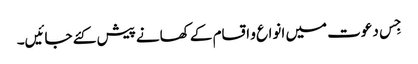
جِس دعوت میں انواع و اقسام کے کھانے پیش کئے جائیں۔